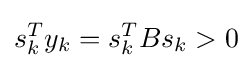
s_{k}^{T}y_{k}=s_{k}^{T}Bs_{k}>0